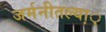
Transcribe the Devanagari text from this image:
जर्मनीतल्या़़